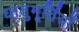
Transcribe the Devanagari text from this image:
धातुमूर्तियाँ